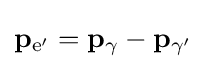
\mathbf {p} _{{\text{e}}'}=\mathbf {p} _{\gamma }-\mathbf {p} _{\gamma '}